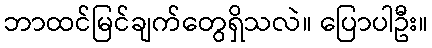
ဘာထင်မြင်ချက်တွေရှိသလဲ။ ပြောပါဦး။